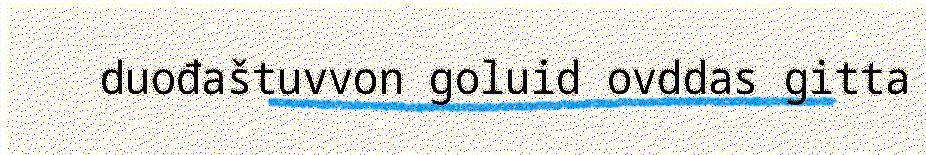
duođaštuvvon goluid ovddas gitta